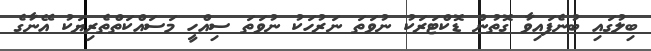
ބިލުގައި ބުނެފައިވާ ގޮތުން ޑޮކްޓަރަކު ނުވަތަ ނަރުހަކު ނުވަތަ ސިއްހީ މަސައްކަތްތެރިޔަކު އޭނާގެ